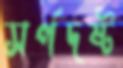
সর্পদষ্ট